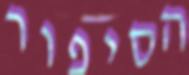
הסיפור